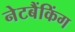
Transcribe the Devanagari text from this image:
नेटबैंकिंग